Annual report on the Civil Veterinary Department, Burma (including the Insein Veterinary School) - 1910-1922
Year: 1910
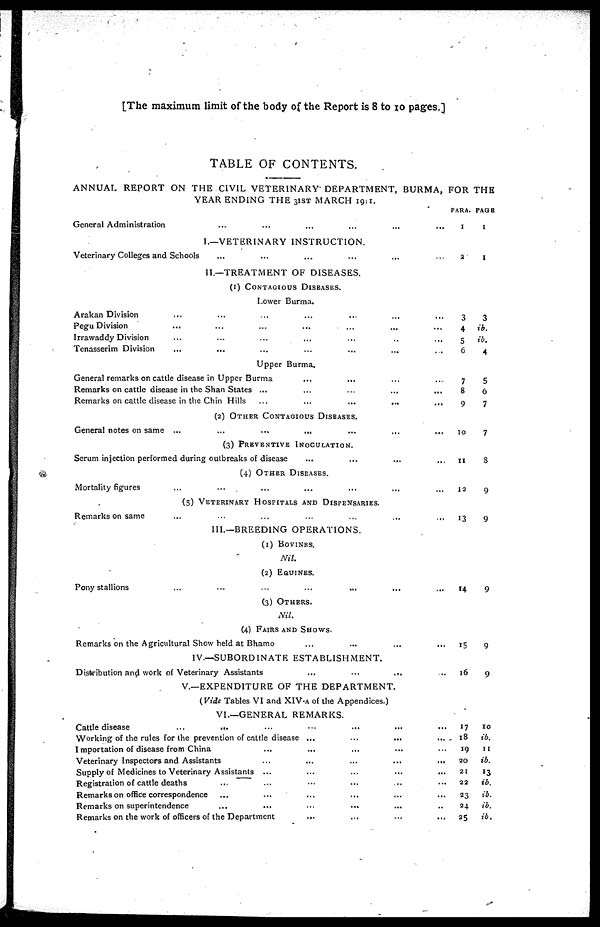
[The maximum limit of the body of the Report is 8 to 10 pages.]
TABLE OF CONTENTS.
ANNUAL REPORT ON THE CIVIL VETERINARY DEPARTMENT, BURMA, FOR THE
YEAR ENDING THE 3IST MARCH 1911.
General Administration ... ... ... ... ... ...
I.—VETERINARY INSTRUCTION.
Veterinary Colleges and Schools ... ... ... ... ... ...
II.—TREATMENT OF DISEASES.
(1)
CONTAGIOUS
DISEASES.
Lower Burma.
Arakan Division ... ... ... ... ... ... ...
Pegu Division ... ... ... ... ... ... ...
Irrawaddy Division ... ... ... ... ... ... ...
Tenasserim Division
...
...
...
...
...
...
...
Upper Burma.
General remarks on cattle disease in Upper Burma ... ... ... ... ...
Remarks on cattle disease in the Shan States ... ... ... ... ...
Remarks on cattle disease in the Chin Hills ... ... ... ... ...
(2)
OTHER
CONTAGIOUS
DISEASES.
General notes on same ...
...
...
...
...
...
...
(3)
PREVENTIVE
INOCULATION.
Serum injection performed during outbreaks of disease ... ... ... ...
(4)
OTHER
DISEASES.
Mortality figures ... ... ... ... ... ... ...
(5)
VETERINARY
HOSPITALS
AND
DISPENSARIES.
Remarks on same ... ... ... ... ... ... ...
III.—BREEDING OPERATIONS.
(1) BOVINRS.
Nil.
(2) EQUINES.
Pony stallions ... ... ... ... ... ... ...
(3) OTHERS.
Nil.
(4) FAIRS AND SHOWS.
Remarks on the Agricultural Show held at Bhamo ... ... ... ...
IV.—SUBORDINATE ESTABLISHMENT.
Distribution and work of Veterinary Assistants
...
...
... ...
V.—EXPENDITURE OF THE DEPARTMENT.
(Vide Tables VI and XIV-A of the Appendices.)
VI.—GENERAL REMARKS.
Cattle disease ... ... ... ... ... ... ...
Working of the rules for the prevention of cattle disease ...
...
...
...
Importation of disease from China ... ... ... ... ...
Veterinary Inspectors and Assistants ... ... ... ... ...
Supply of Medicines to Veterinary Assistants ... ... ... ... ...
Registration of cattle deaths ... ... ... ... ... ...
Remarks on office correspondence ... ... ... ... ... ...
Remarks on superintendence ... ... ... ... ... ...
Remarks on the work of officers of the Department ... ... ... ...
PARA.
1
2
3
4
5
6
7
8
9
10
11
12
13
14
15
16
17
18
19
20
2 1
22
23
24
25
PAGE
1
1
3
ib.
ib.
4
5
6
7
7
8
9
9
9
9
9
10
ib.
11
ib.
13
ib.
ib.
ib.
ib.